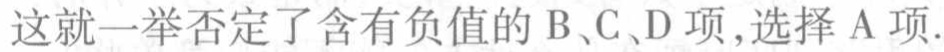
这就一举否定了含有负值的 B、C、D 项,选择 A 项.